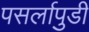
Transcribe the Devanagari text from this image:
पसर्लापुडी